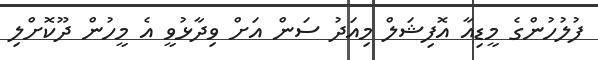
ފުލުހުންގެ މީޑިއާ އޮފިޝަލް މިއަދު ސަން އަށް ވިދާޅުވީ އެ މީހުން ދޫކޮށްލި